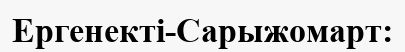
Ергенекті-Сарыжомарт: